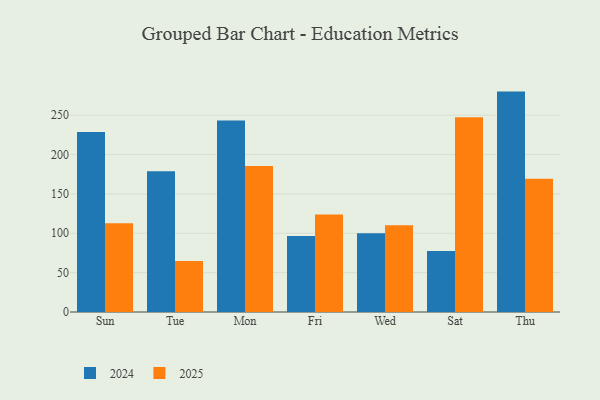
{"axis": {"x": "Day", "y": "Page Views"}, "legend": ["2024", "2025"], "data": [{"x": "Sun", "y": 112.8, "type": "2025"}, {"x": "Sun", "y": 228.8, "type": "2024"}, {"x": "Tue", "y": 64.8, "type": "2025"}, {"x": "Tue", "y": 178.9, "type": "2024"}, {"x": "Mon", "y": 185.4, "type": "2025"}, {"x": "Mon", "y": 243.4, "type": "2024"}, {"x": "Fri", "y": 123.8, "type": "2025"}, {"x": "Fri", "y": 96.5, "type": "2024"}, {"x": "Wed", "y": 110.1, "type": "2025"}, {"x": "Wed", "y": 100.0, "type": "2024"}, {"x": "Sat", "y": 247.3, "type": "2025"}, {"x": "Sat", "y": 77.6, "type": "2024"}, {"x": "Thu", "y": 169.3, "type": "2025"}, {"x": "Thu", "y": 280.0, "type": "2024"}]}